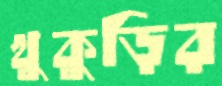
খুকুড়ির